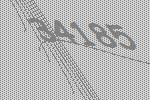
34185